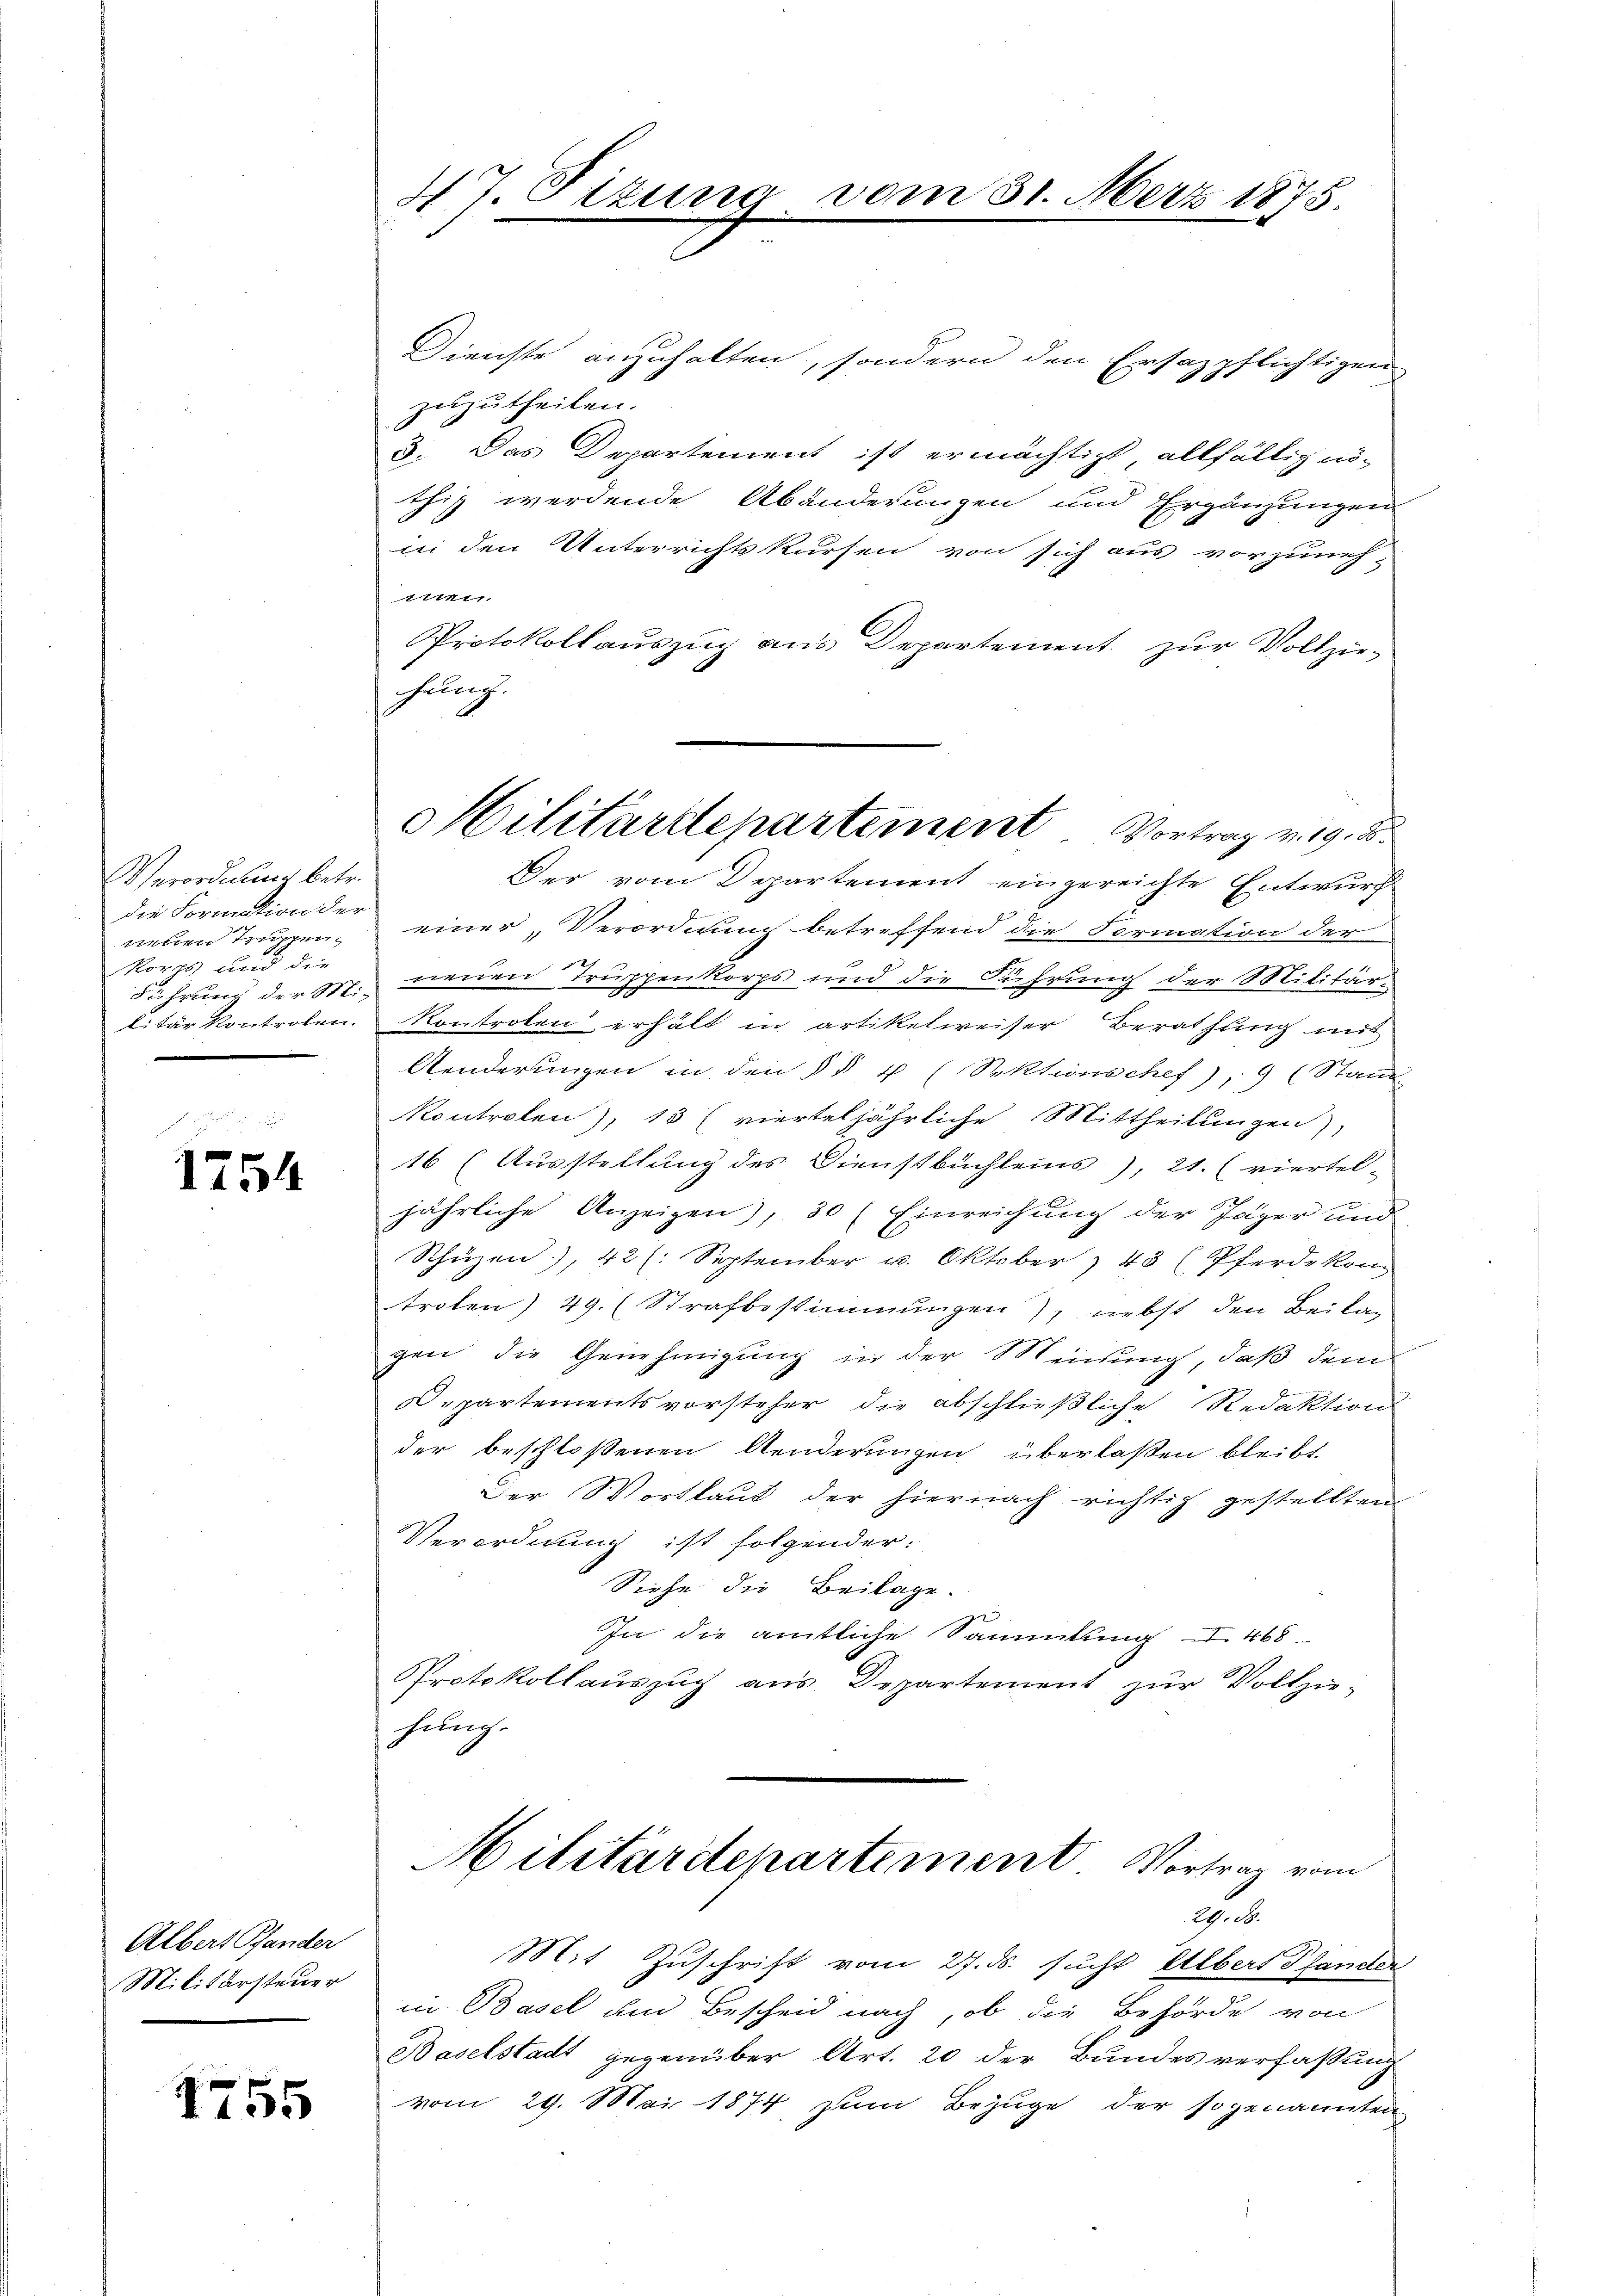
Verordnung betr.
die Formation der
wienen Trunken-
Korps und die
Führung der Mi-
li für Kontrolen.

1754

Albert Pfander
Militärsteuer

e
I155

47. Sizung

Dienste anzuhalten, sondern den Ersazpflichtigen
zuzutheilen.
3. Das Departement ist ermächtigt allfällig nöthig werdende Abänderungen und Ergänzungen
in den Unterrichtskursen von sich aus vorzuneh-
t.
Protokollauszug aus Departement zur Vollzuhung
Der vom Departement eingereichte Entwurf
einer Verordnung betreffend die Formation der
neuen Truppenkorps und die Führung der Militär¬
Kontroten erhält in artikelweiser Berathung mit
Aenderungen in den §§ 4 (Sektionschef), 9 (Stand
Kontrolen), 13 (vierteljährliche Mittheilungen),
16 (Ausstellung des Dienstbüchleins), 21. (viertel-
jährliche Anzeigen), 30 (Einreichung der Jäger und
Schüzen), 42 (: September u. Oktober 43 (Pferde kon
troten) 49. (Strafbestimmungen), nebst den Beilag
gen die Genehmigung in der Meinung, daß dem
Departementsvorsteher die abschließliche Redaktion
der beschloßenen Aenderungen überlaßen bleibt
Der Wortlaut der hiernach richtig gestellten
Verordnung ist folgender.
Siehe die Beilage.
In die amtliche Sammlung I 468.
Protokollauszug aus Departement zur Vollziehung.
Militärdepartement Vortrag vom
A
Mit Zuschrift vom 27. ds. sucht Albert Pfander
in Basel um Bescheid nach, ob die Behörde von
Baselstadt gegenüber Art. 20 der Bundesverfassung
vom 29. Mai 1874 zum Bezuge der sogenannten

Militärdepartement Vortrag v. 19. d.

vom 31. Merz 1875